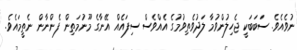
ނުވެއެވެ. ސަބަބަކީ ޖެހިލުންވުމާ ލަދުވެތިވުމުގެ އެއްވެސް ސިފައެއް އޭނާގެ މޫނުމަތިން ފެންނާން ނެތީމައެވެ.